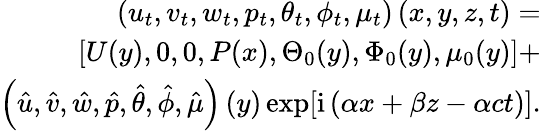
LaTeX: \begin{array}{r}{\left(u_{t},v_{t},w_{t},p_{t},\theta_{t},\phi_{t},\mu_{t}\right)\left(x,y,z,t\right)=}\\ {\left[U(y),0,0,P(x),\Theta_{0}(y),\Phi_{0}(y),\mu_{0}(y)\right]+}\\ {\left(\hat{u},\hat{v},\hat{w},\hat{p},\hat{\theta},\hat{\phi},\hat{\mu}\right)\left(y\right)\exp[{\mathrm{i}\left(\alpha x+\beta z-\alpha ct\right)}].}\end{array}